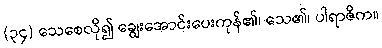
(၃၄) သေစေလို၍ ချွေးအောင်းပေးကုန်၏၊ သေ၏၊ ပါရာဇိက။